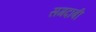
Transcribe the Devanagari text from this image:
सगदाबी